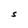
Character: S